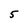
Character: 5